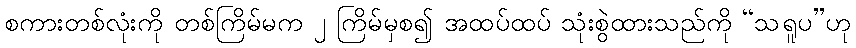
စကားတစ်လုံးကို တစ်ကြိမ်မက ၂ ကြိမ်မှစ၍ အထပ်ထပ် သုံးစွဲထားသည်ကို “သရူပ”ဟု